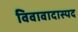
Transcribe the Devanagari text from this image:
विवावादास्पद